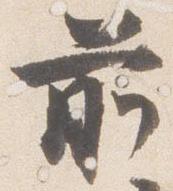
前